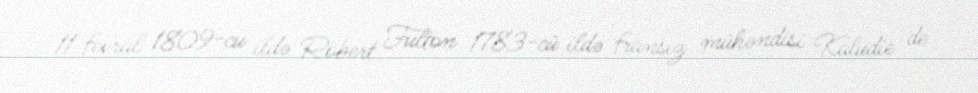
11 fevral 1809-cu ildə Robert Fulton 1783-cü ildə fransız mühəndisi Kaludie de